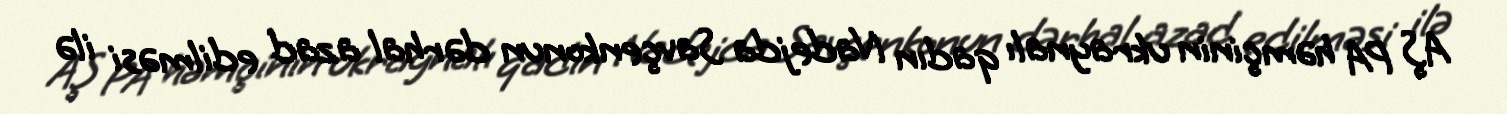
AŞ PA həmçinin ukraynalı qadın Nadejda Savçenkonun dərhal azad edilməsi ilə